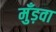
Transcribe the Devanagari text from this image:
मुँड़वा